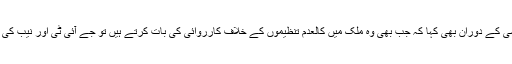
انھوں نے نیب میں اپنی پیشی کے دوران بھی کہا کہ جب بھی وہ ملک میں کالعدم تنظیموں کے خلاف کارروائی کی بات کرتے ہیں تو جے آئی ٹی اور نیب کی طرف سے بلاوا آ جاتا ہے۔